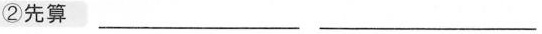
②先算___ ___